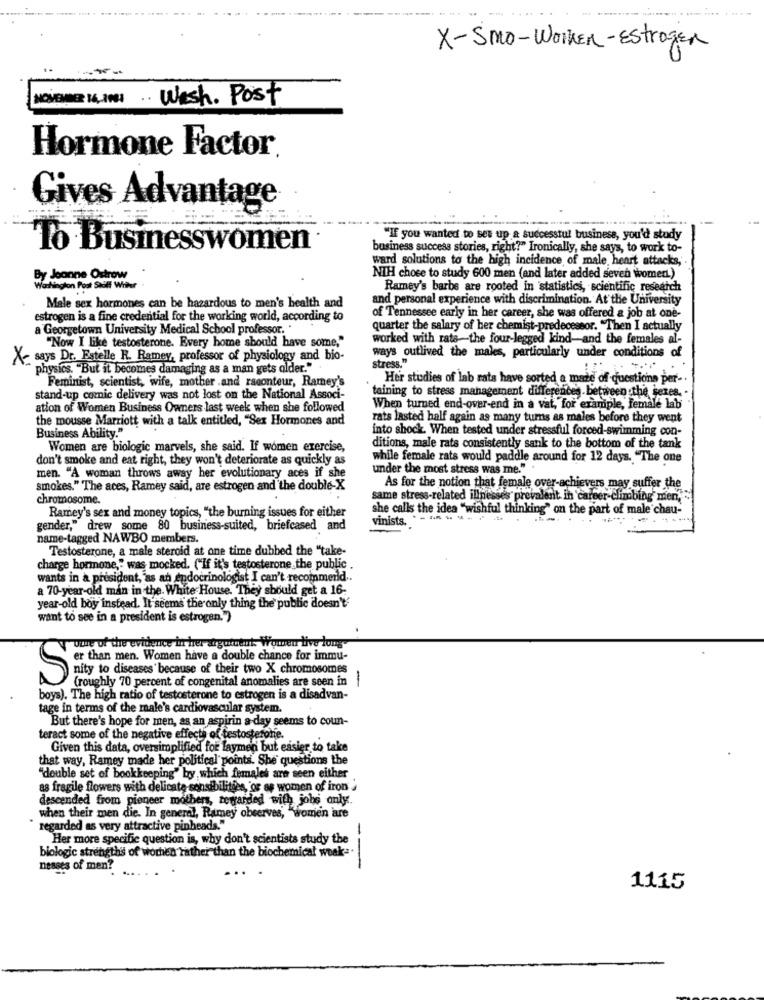
----
X-Smo-Worker - Estrogen
NOVEMBER 16LITRI. Wash. Post
Hormone Factor.
Gives Advantage
"If you wanted to set up a successtul business, you'd study
To Businesswomen
business success stories, right?" Ironically, she says, to work to-
ward solutions to the high incidence of male, heart attacks,'
By Jeanne Ostrow
NTH chose to study 600 men (and later added seven womert.)
Washington Post Stolt Writer
Ramey's barbe are rooted in statistics, scientific research
and personal experience with discrimination. At the University
Male sex hormones can be hazardous to men's health and
estrogen is a fine credential for the working world, according to
of Tennessee early in her career, she was offered a job at one-
a Georgetown University Medical School professor. .
quarter the salary of her chemist-predecessor. "Then I actually
"Now I like testosterone. Every home should have some,"
worked with rate-the four-legged kind-and the females al-
ways outlived the males, particularly under conditions of
X- says Dr. Estelle R. Ramey, professor of physiology and bio-
stress."
physics. "But it becomes damaging as a man gets alder."
Feminist, scientist, wife, mother and raconteur, Ramey's
Her studies of lab rats have sorted a maze of questions per -.
taining to stress management differences between the sexes. .
stand-up comic delivery was not lost on the National Associ-
ation of Women Business Owners last week when she followed
When turned end-over-end in a vat, for example, female lab
the mousse Marriott with a talk entitled, "Sex Hormones and
rats lasted half again as many turns as males before they went
Business Ability."
into shock. When tested under stressful forced-swimming con-
Women are biologic marvels, she said. If women exercise,
ditions, male rats consistently sank to the bottom of the tank
don't smoke and eat right, they won't deteriorate as quickly as
while female rats would paddle around for 12 days. "The one
under the most stress was me."
men. "A woman throws away her evolutionary aces if she
smokes." The aces, Ramey said, are estrogen and the double-X
As for the notion that female over-achievers may suffer the
chromosome.
same stress-related illnesses prevalent. in career-climbing men,
she calls the idea "wishful thinking" on the part of male chau-
Ramey's sex and money topics, "the burning issues for either
vinists. --- - ---
gender," drew some 80 business-suited, briefcased and
name-tagged NAWBO members.
Testosterone, a male steroid at one time dubbed the "take-
charge hormone," was mocked. ("If it's testosterone the public
wants in a president, as an endocrinologist I can't recommerld ..
a 70-year-old man in the. White House. They should get a 16-
year-old boy instead. It seems the only thing the public doesn't
want to see in a president is estrogen.")
uwe of the evidence in her argotcent Women live long"
er than men. Women have a double chance for immu-
nity to diseases because of their two X chromosomes
S
(roughly 70 percent of congenital anomalies are seen in
1
boys). The high ratio of testosterone to estrogen is a disadvan-
tage in terms of the male's cardiovascular system.
But there's hope for men, as an aspirin a day seems to coun-
teract some of the negative effects of testosterone.
Given this data, oversimplified for laymen but easier to take
that way, Ramey made her political points. She questions the
"double set of bookkeeping" by which females are seen either
as fragile flowers with delicate sonsibilities, or es women of iron
descended from pioneer mothers, rewarded with jobs only.
when their men die. In general, Ramey observes, "women are
regarded as very attractive pinheads."
Her more specific question is, why don't scientists study the
-.
biologic strengths of wochen rather than the biochemical weak -.
nesses of men?
...
1115